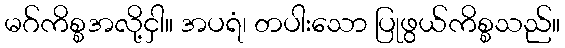
မဂ်ကိစ္စအလို့ငှါ။ အပရံ၊ တပါးသော ပြုဖွယ်ကိစ္စသည်။